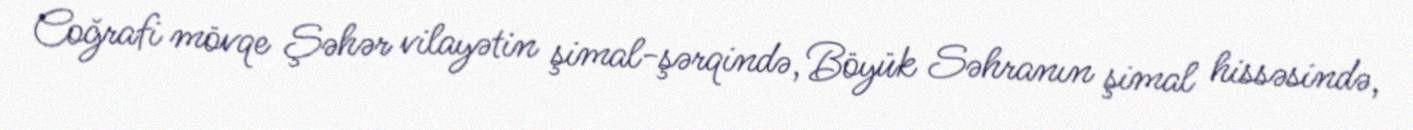
Coğrafi mövqe Şəhər vilayətin şimal-şərqində, Böyük Səhranın şimal hissəsində,